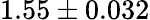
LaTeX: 1.55\pm 0.032